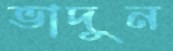
ভাদুন